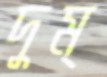
দুম্‌